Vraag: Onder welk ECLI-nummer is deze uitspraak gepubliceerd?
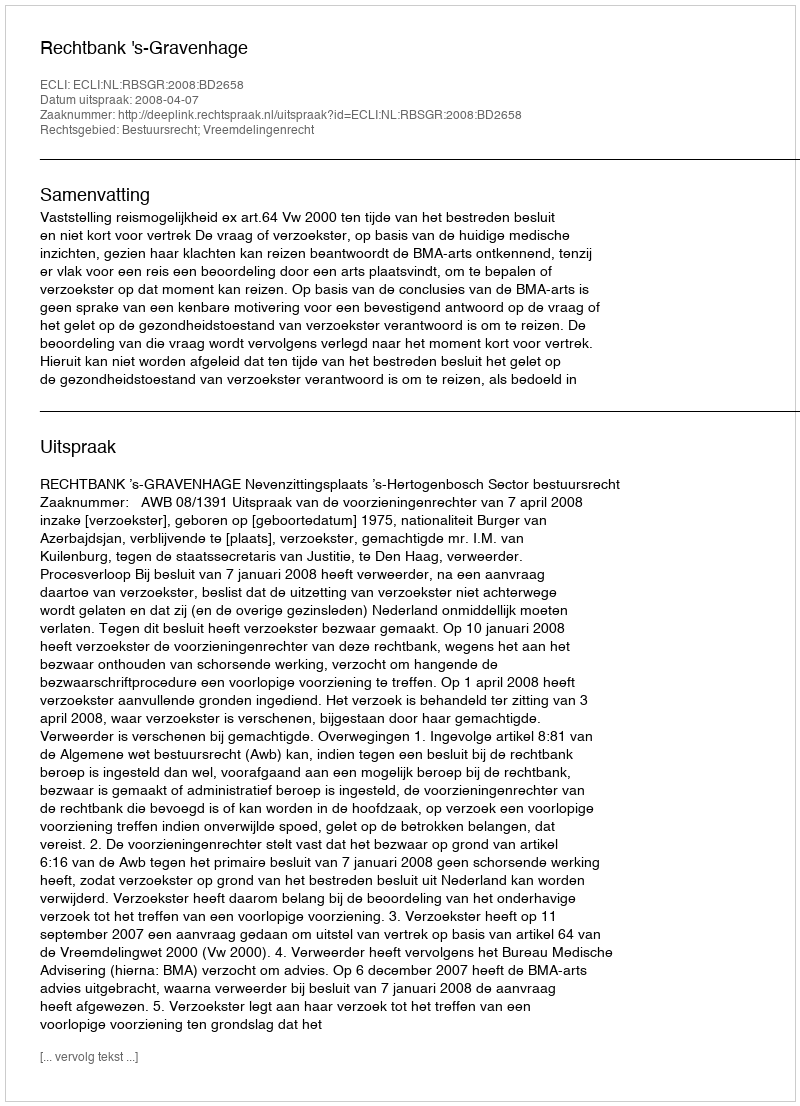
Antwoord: ECLI:NL:RBSGR:2008:BD2658